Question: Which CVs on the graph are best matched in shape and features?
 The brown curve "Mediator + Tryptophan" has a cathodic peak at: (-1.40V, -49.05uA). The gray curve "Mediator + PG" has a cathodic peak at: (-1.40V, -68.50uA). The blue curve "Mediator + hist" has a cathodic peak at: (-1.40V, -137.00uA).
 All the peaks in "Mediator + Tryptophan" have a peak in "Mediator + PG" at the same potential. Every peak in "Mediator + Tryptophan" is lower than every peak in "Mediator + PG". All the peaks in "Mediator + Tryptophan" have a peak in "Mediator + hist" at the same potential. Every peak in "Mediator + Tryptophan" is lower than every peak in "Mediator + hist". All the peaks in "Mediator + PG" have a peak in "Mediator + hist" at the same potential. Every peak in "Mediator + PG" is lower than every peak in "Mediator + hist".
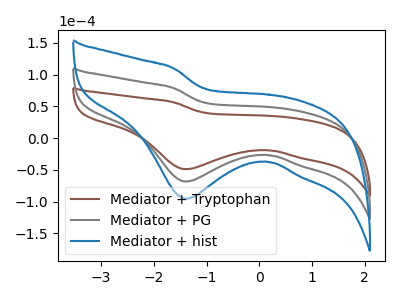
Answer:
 <answer>"Mediator + Tryptophan", "Mediator + PG" and "Mediator + hist" have the same shape and are likely CV's of the same chemical.</answer>
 <eval>"Mediator + Tryptophan" "Mediator + PG" "Mediator + hist"</eval>